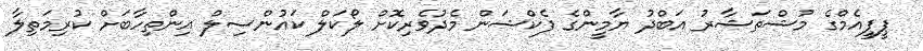
ޕީޕީއެމްގެ މުޝްތަޝާރު އަބްދު ޔާމީންގެ ފެކްޝަން މެދުވެރިކޮށް ލޯކަލް ކައުންސިލް އިންތިހާބަށް ކުރިމަތިލާ